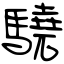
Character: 驍